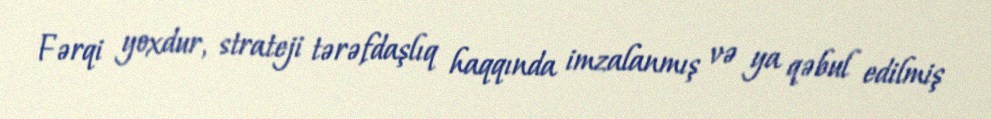
Fərqi yoxdur, strateji tərəfdaşlıq haqqında imzalanmış və ya qəbul edilmiş